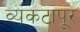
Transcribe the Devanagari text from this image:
व्यंकटापूर